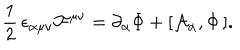
\frac { 1 } { 2 } \, \epsilon _ { \alpha \mu \nu } { \cal F } ^ { \mu \nu } = \partial _ { \alpha } \Phi + [ { \cal A } _ { \alpha } , \Phi \, ] .